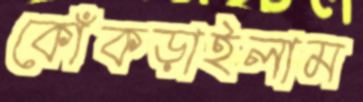
কোঁকড়াইলাম